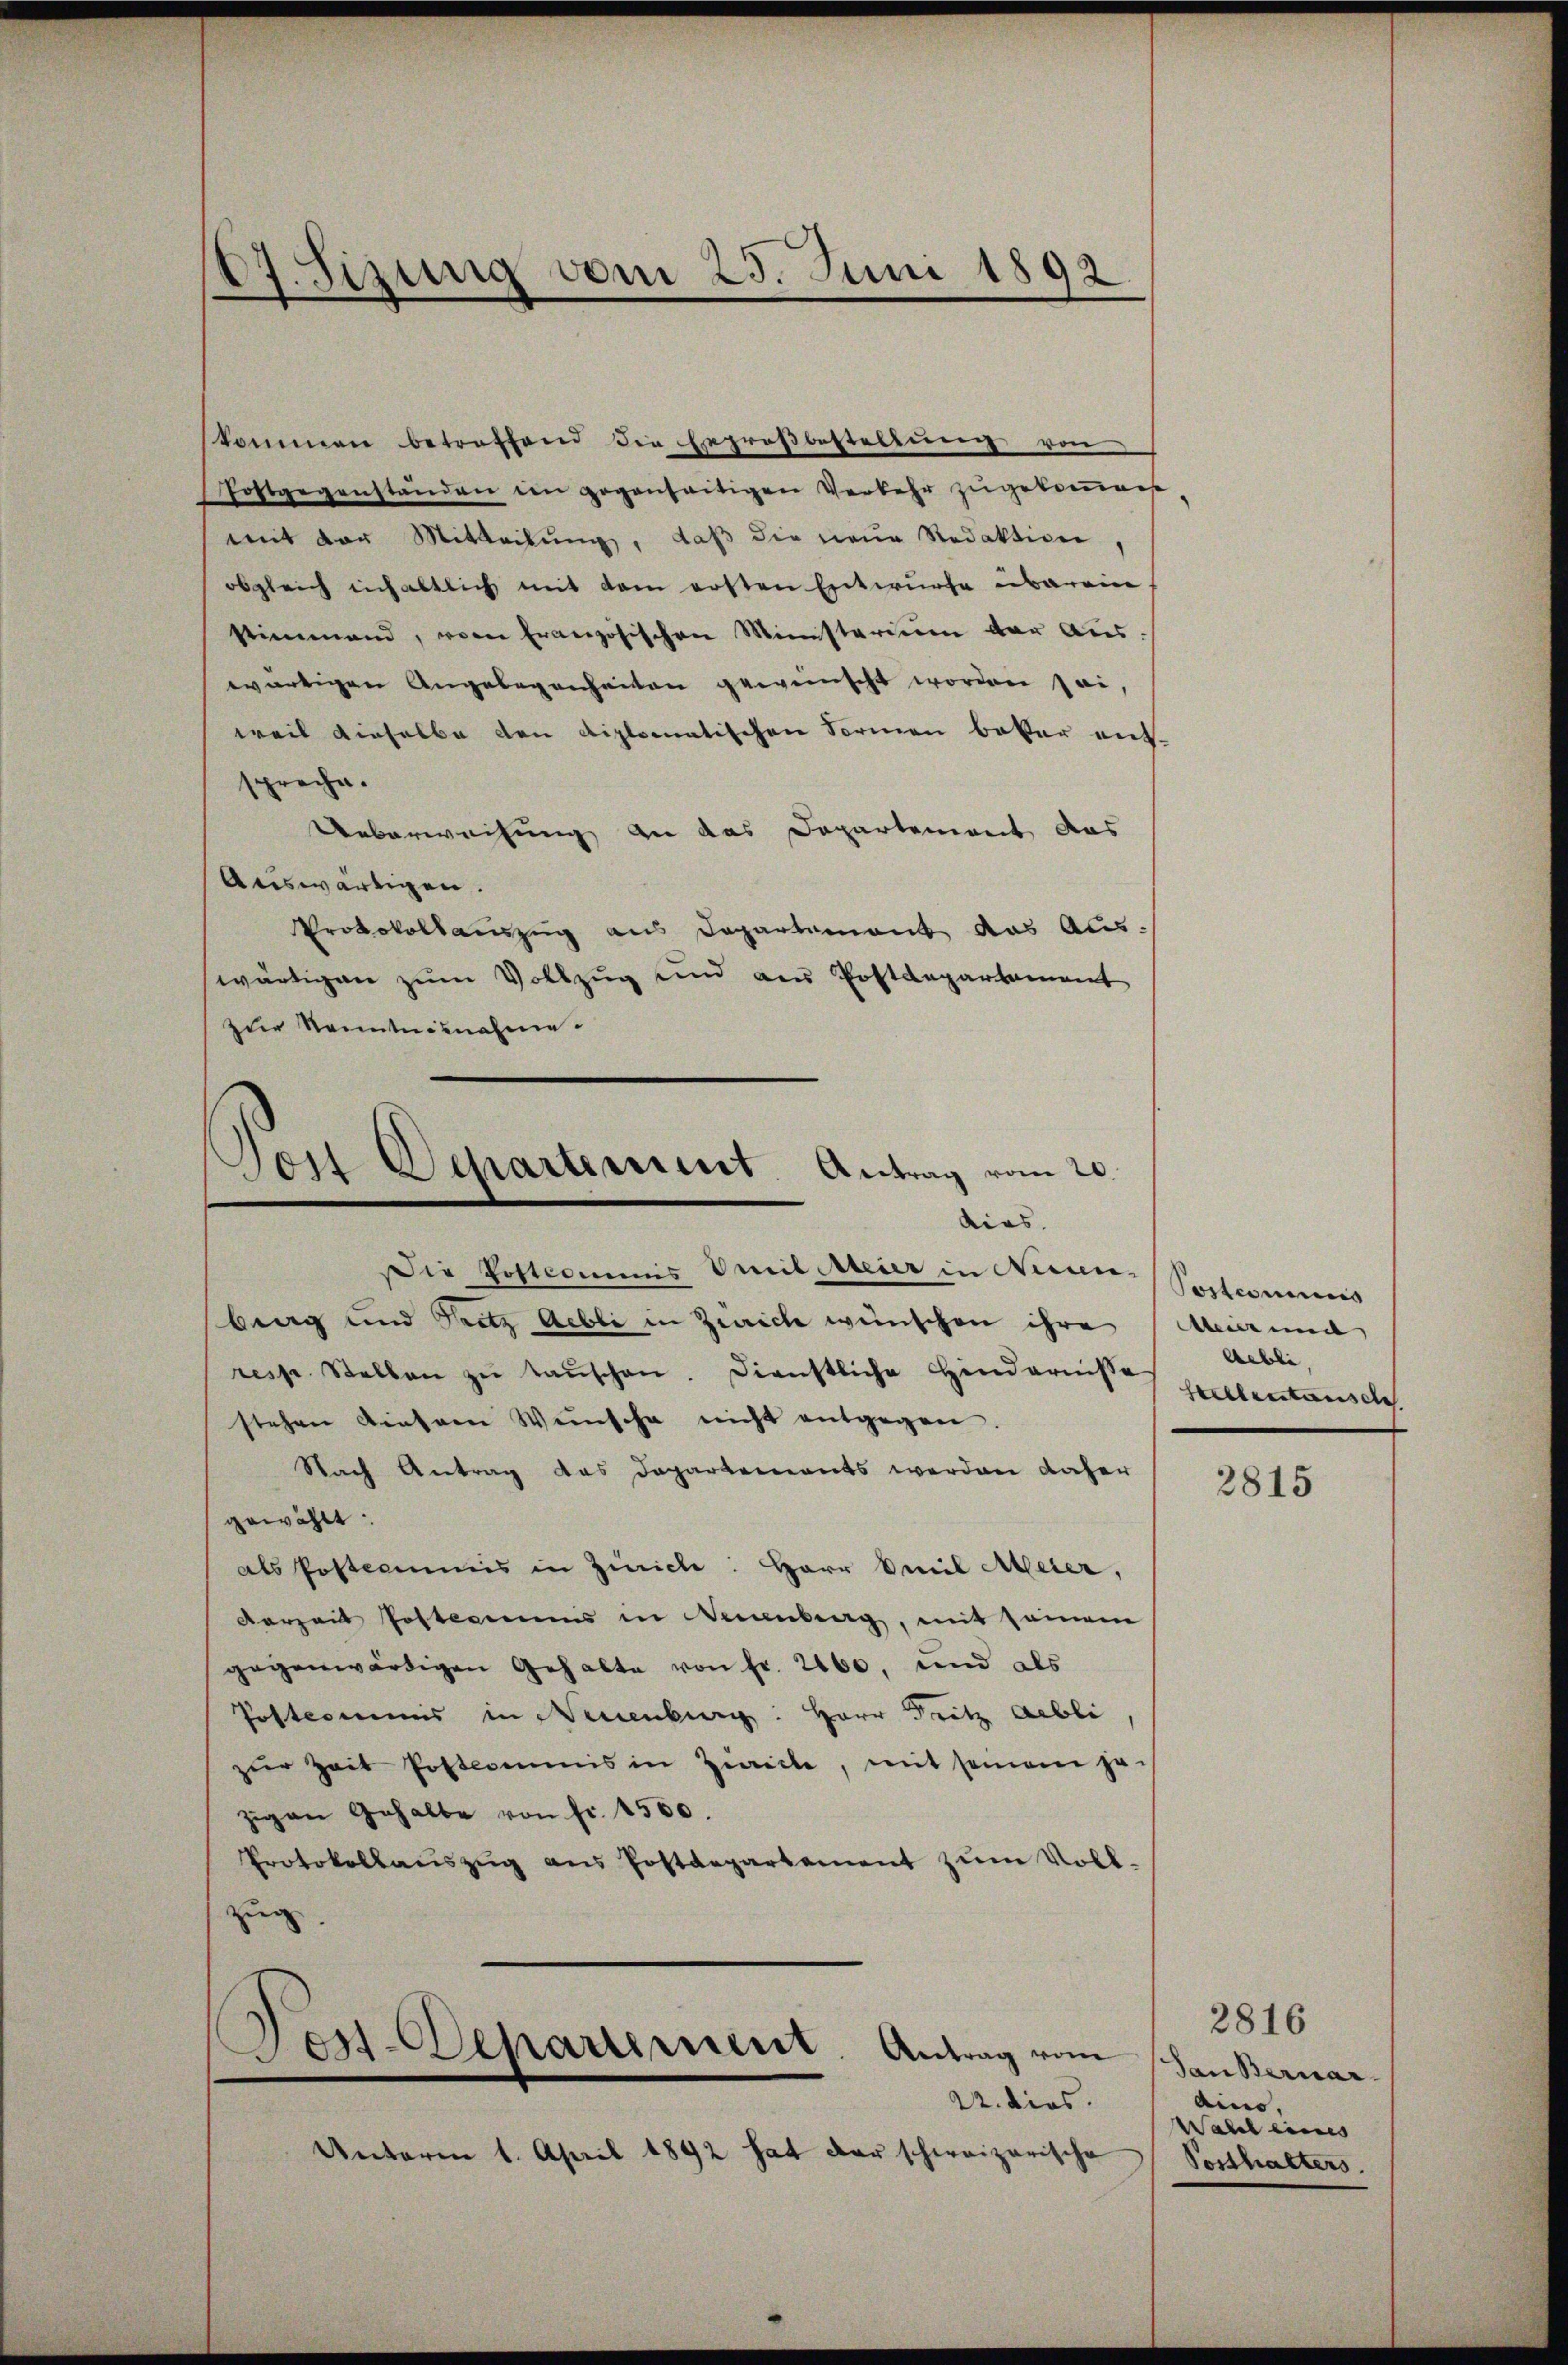
¬
3. Sizung vom 25. Juni 1892

kommen betreffend die Erproßbestellung von
Postgegenständen im gegenseitigen Verkehr zugekommen,
mit der Mitteilung, daß die neue Redaktion
obgleich einhaltlich mit dem ersten Entwurfe überein
stimmend, vom französischen Ministerium der Aus-
wärtigen Angebogenheiten geweinscht worden sei,
weil dieselbe den diplomatischen Sormen beter ent
spreche.
Ueberweisung an das Departement das
Auswärtigen.
Protokollauszug aus Departement das Aus-
wärtigen zum Vollzug und aus Postdepartement
zur Kenntnisnahme.
dias.
Die Postcommis mit Meier in Neun-
berg und Trotz Aebli in Zürich wünschen ihre Mund
resp. Stellen zŭ taŭschen. Dienstliche Hinderniß allentansch
stehen dieser Wünsche nicht entgegen.
Nach Antrag das Departements werden daher
gewählt:
als Postcommis in Zürich: Herr Emil Meier,
Verzeit Posteriums in Neuenburg, mit seinem
gegenwärtigen Gehalte von Fr. 2160, und als
Postcommis in Neuenburg: Herr Fritz abli
zur Zeit Postcommis in Zwicke, mit seinem je-
zigen Gehalte von fr. 1500.
Protokollaŭszŭg aŭs Postdepartement zŭm Voll-
zug.
Pes-Departement. Antrag vom
22. dies. |
Unterm 1. April 1892 hat der schweizerische

Son Departement. Antrag vom 20.

Postcomuni
Aebli,

2815

2816
San Bernar-
Aino,
Wahl eines
Posthalters.